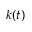
k ( t )